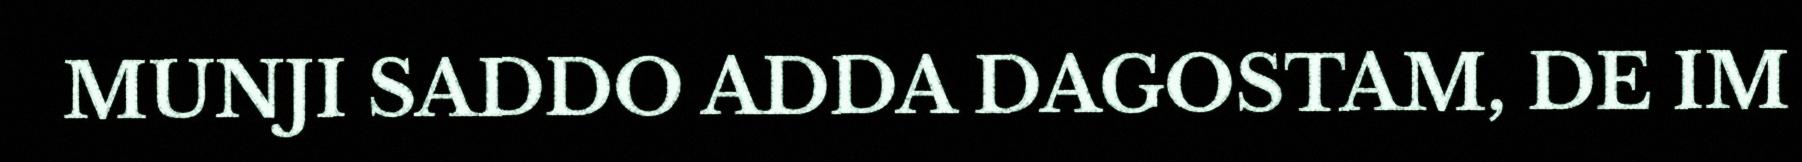
MUNJI SADDO ADDA DAGOSTAM, DE IM